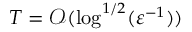
T = \mathcal { O } ( { \log ^ { 1 / 2 } ( \varepsilon ^ { - 1 } ) } )